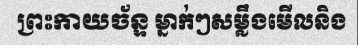
ព្រះកាយច័ន្ទ ម្នាក់ៗសម្លឹងមើលនិង